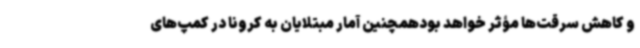
و کاهش سرقت‌ها مؤثر خواهد بودهمچنین آمار مبتلایان به کرونا در کمپ‌های